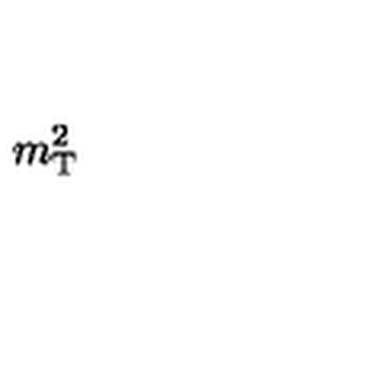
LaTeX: m _ { \mathrm { T } } ^ { 2 }